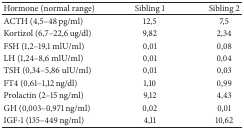
| Hormone (normal range) | Sibling 1 | Sibling 2 |
 | --- | --- | --- |
 | ACTH (4,5–48 pg/ml) | 12,5 | 7,5 |
 | Kortizol (6,7–22,6 ug/dl) | 9,82 | 2,34 |
 | FSH (1,2–19,1 mlU/ml) | 0,01 | 0,08 |
 | LH (1,24–8,6 mlU/ml) | 0,01 | 0,04 |
 | TSH (0,34–5,86 ulU/ml) | 0,01 | 0,03 |
 | FT4 (0,61–1,12 ng/dl) | 1,10 | 0,99 |
 | Prolactin (2–15 ng/ml) | 9,12 | 4,43 |
 | GH (0,003–0,971 ng/ml) | 0,02 | 0,01 |
 | IGF-1 (135–449 ng/ml) | 4,11 | 10,62 |